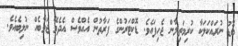
ބޮޑު ނުރައްކަލަކާ ކުރިމަތިލާން ޖެހިފައެވެ. ޑޮކްޓަރުންގެ ފަރާތުން އެއްވެސް އެދެވޭ ޖަވާބެއް ނުލިބެއެވެ.